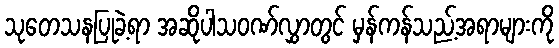
သုတေသနပြုခဲ့ရာ အဆိုပါသဝဏ်လွှာတွင် မှန်ကန်သည့်အရာများကို